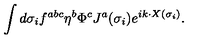
\int d \sigma _ { i } f ^ { a b c } \eta ^ { b } \Phi ^ { c } J ^ { a } ( \sigma _ { i } ) e ^ { i k \cdot X ( \sigma _ { i } ) } .